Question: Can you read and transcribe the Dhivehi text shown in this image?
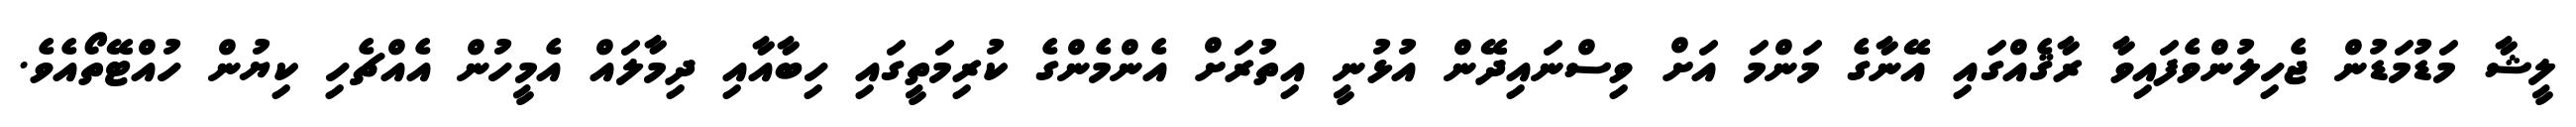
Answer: ލީޝާ މަޑުމަޑުން ޖެހިލުންވެފައިވާ ރާޤެއްގައި އޭނާގެ މަންމަ އަށް ވިސްނައިދޭން އުޅުނީ އިތުރަށް އެންމެންގެ ކުރިމަތީގައި ހިބާއާއި ދިމާލައް އެމީހުން އެއްޗެހި ކިޔުން ހުއްޓޭތޯއެވެ.